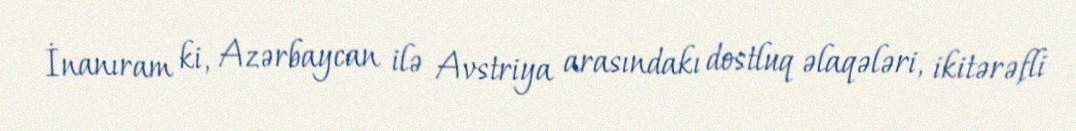
İnanıram ki, Azərbaycan ilə Avstriya arasındakı dostluq əlaqələri, ikitərəfli